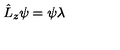
\hat { L } _ { z } \psi = \psi \lambda